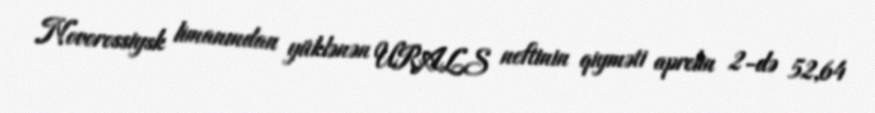
Novorossiysk limanından yüklənən URALS neftinin qiyməti aprelin 2-də 52,64